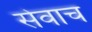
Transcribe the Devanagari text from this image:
सेवाच